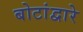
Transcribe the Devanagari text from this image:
बोटांद्वारे